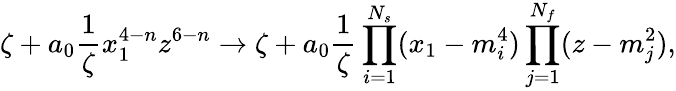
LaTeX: \zeta+a_{0}\frac{1}{\zeta}x_{1}^{4-n}z^{6-n}\to\zeta+a_{0}\frac{1}{\zeta}\prod_{i=1}^{N_{s}}(x_{1}-m_{i}^{4})\prod_{j=1}^{N_{f}}(z-m_{j}^{2}),